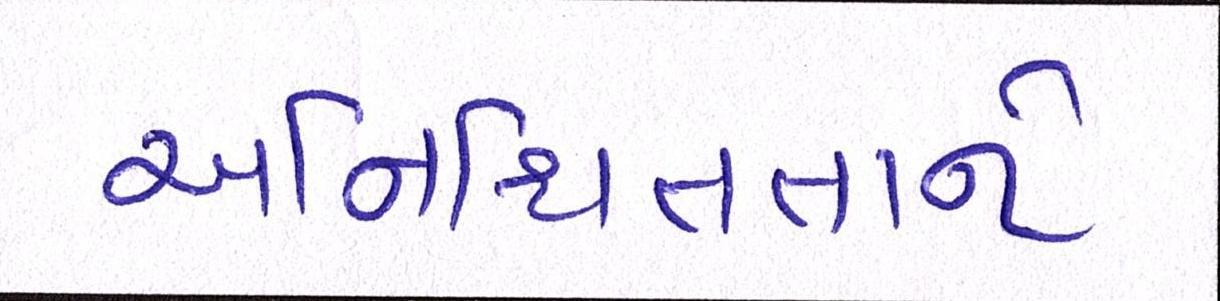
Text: અનિશ્ચિતતાને